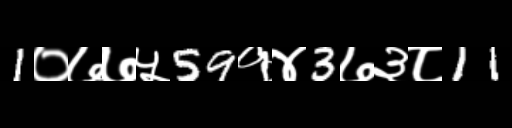
Text: 1०७७५59१४3७३८11